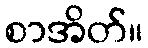
စာအိတ်။